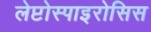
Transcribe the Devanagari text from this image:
लेप्टोस्पाइरोसिस